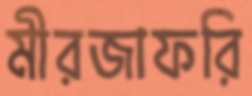
মীরজাফরি